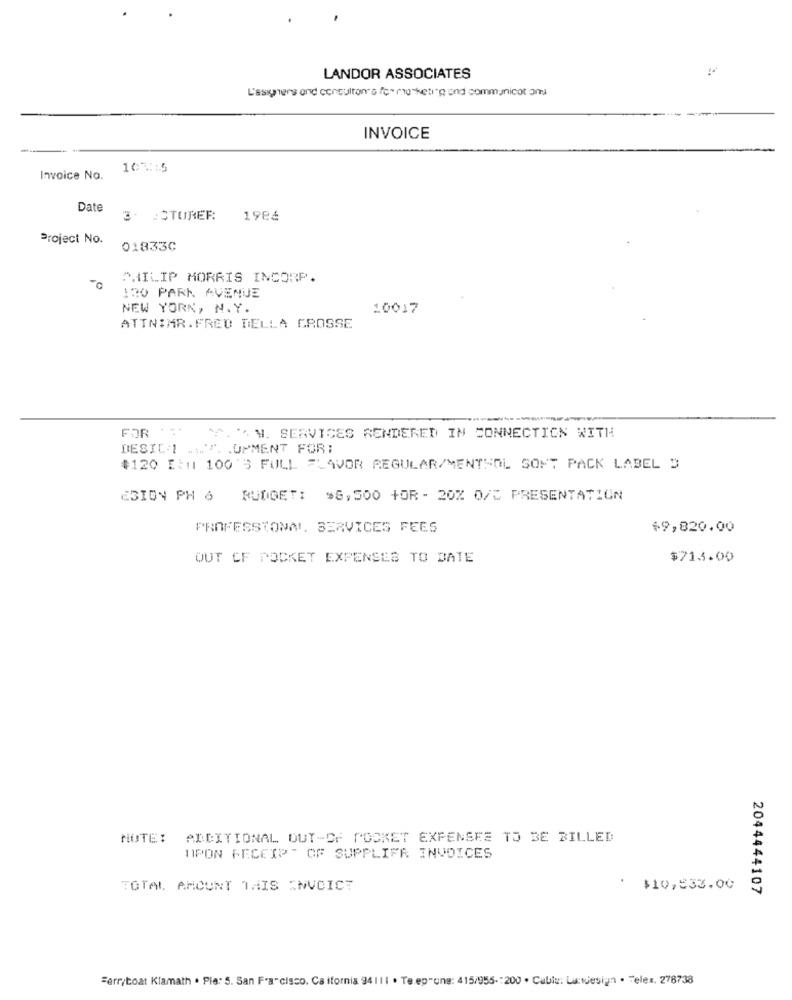
...
LANDOR ASSOCIATES
L'asigners and concultores formig-keting and communicat ana
INVOICE
107 :: 5
Invoice No.
Date
3. : STURER
1984
Project No.
01833C
PHILIP MORRIS INCORP.
120 PARK AVENUE
NEW YORK, N.Y.
10017
ATTN:MR.FRED DELLA GROSSE
FOR **
I'M. SERVICES RENDERED IN CONNECTION WITH
DESIC :! ... ". . UPMENT FOR:
$120 Ill1 100'S FULL FLAVOR REGULAR/MENTHOL SOFT PACK LABEL D
ESION PH 6 BUDGET: $8,500 +OR- 20% 0/5 PRESENTATION
PROFESSIONAL. SERVICES FEES
$9,820.00
OUT CF POCKET EXPENSES TO DATE
$713.00
NOTE: ADDITIONAL OUT-OF POCKET EXPENSES TO BE BILLED
11PON FECEIP - OF SUPPLIFR INVOICES
TOTAL AMOUNT THIS INVOICE
$10,533.00
2044444107
Ferryboat Klamath . Ple: 5. San Francisco, Ca ifornia 94111 . Te ep"une: 415/955- 200 . Cable: Lactesign . Telex. 278738